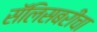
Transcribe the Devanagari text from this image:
सॅलिसबरीचा